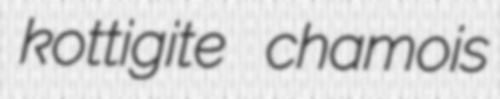
kottigite chamois